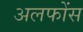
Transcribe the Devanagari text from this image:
अलफोंस